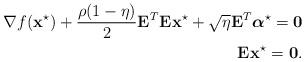
LaTeX: \begin{align*}\nabla f(\mathbf{x}^{\star}) + \frac{\rho(1-\eta)}{2} \mathbf{E}_{}^T\mathbf{E}_{}\mathbf{x}^{\star} + \sqrt{\eta} \mathbf{E}_{}^T\boldsymbol{\alpha}^{\star} = \mathbf{0} \\\mathbf{E}_{}\mathbf{x}^{\star} = \mathbf{0}.\end{align*}